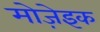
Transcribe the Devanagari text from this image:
मोजे़इक